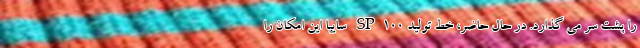
را پشت سر می گذارد. در حال حاضر، خط تولید SP100 سایپا این امکان را